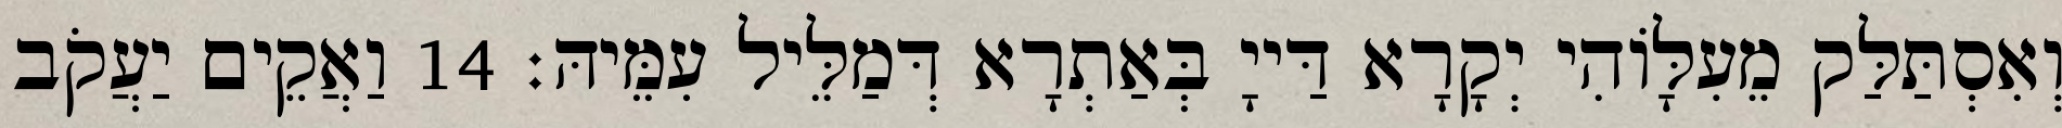
וְאִסְתַּלַּק מֵעִלָּוֹהִי יְקָרָא דַּייָ בְּאַתְרָא דְּמַלֵּיל עִמֵּיהּ׃ 14 וַאֲקֵים יַעֲקֹב